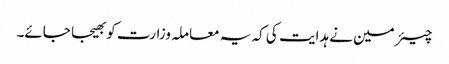
چیئرمین نے ہدایت کی کہ یہ معاملہ وزارت کو بھیجا جائے۔